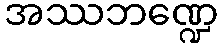
အဿဘဏ္ဍေ